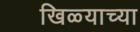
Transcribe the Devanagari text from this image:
खिळ्याच्या